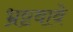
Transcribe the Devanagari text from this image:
भ्रष्टवावे